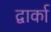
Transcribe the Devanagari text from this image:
द्वार्का